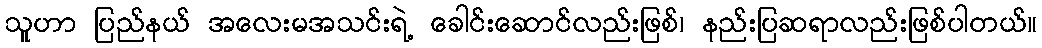
သူဟာ ပြည်နယ် အလေးမအသင်းရဲ့ ခေါင်းဆောင်လည်းဖြစ်၊ နည်းပြဆရာလည်းဖြစ်ပါတယ်။